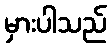
မှားပါသည်